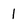
Character: 1